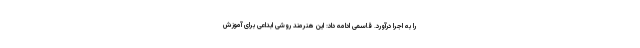
را به اجرا درآورد. قاسمی ادامه داد: این هنرمند روشی ابداعی برای آموزش